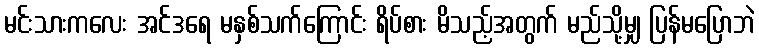
မင်းသားကလေး အင်ဒရေ မနှစ်သက်ကြောင်း ရိပ်စား မိသည့်အတွက် မည်သို့မျှ ပြန်မပြောဘဲ